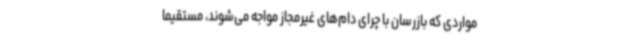
مواردی که بازرسان با چرای دام‌های غیرمجاز مواجه می‌شوند، مستقیماً